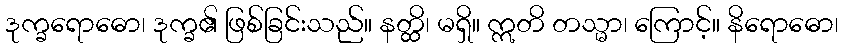
ဒုက္ခရောဓော၊ ဒုက္ခ၏ ဖြစ်ခြင်းသည်။ နတ္ထိ၊ မရှိ။ ဣတိ တသ္မာ၊ ကြောင့်။ နိရောဓော၊